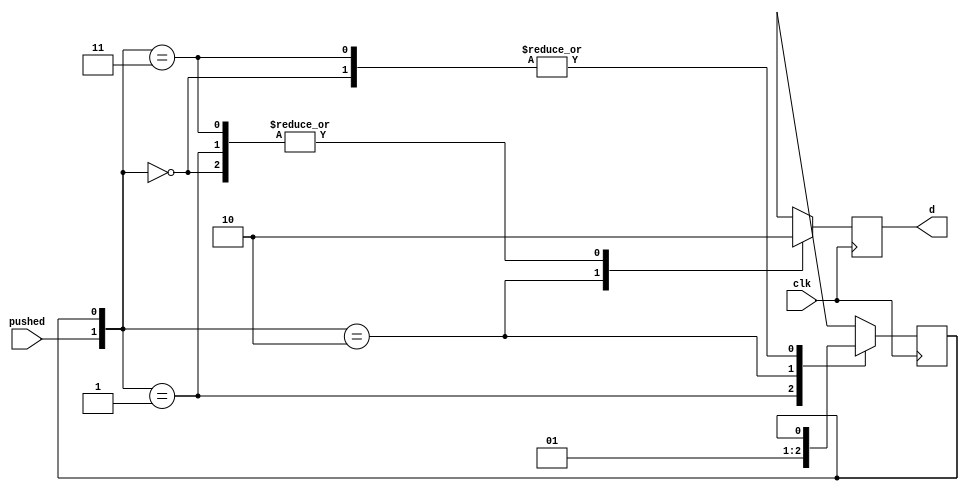
`timescale 1ns / 1ns
//////////////////////////////////////////////////////////////////////////////////
// Company: 
// Engineer: 
// 
// Design Name: 
// Module Name: singlePulser
// Project Name: 
// Target Devices: 
// Tool Versions: 
// Description: 
// 
// Dependencies: 
// 
// Revision:
// Revision 0.01 - File Created
// Additional Comments:
// 
//////////////////////////////////////////////////////////////////////////////////


module singlePulser(
    output reg d,
    input pushed,
    input clk
    );
    
    reg state;
    // 0 for unpushed
    // 1 for pushed and still pushed
    
    initial state=0;
    
    always @(posedge clk) begin
        d=0;
        case({pushed,state})
            2'b00: ;
            2'b01: state=0;
            2'b10: begin state=1; d=1; end // 1 only one clock
            2'b11: ;
        endcase
    end
    
    
endmodule